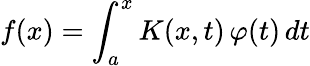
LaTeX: f(x)=\int_{a}^{x}K(x,t)\, \varphi(t)\, dt